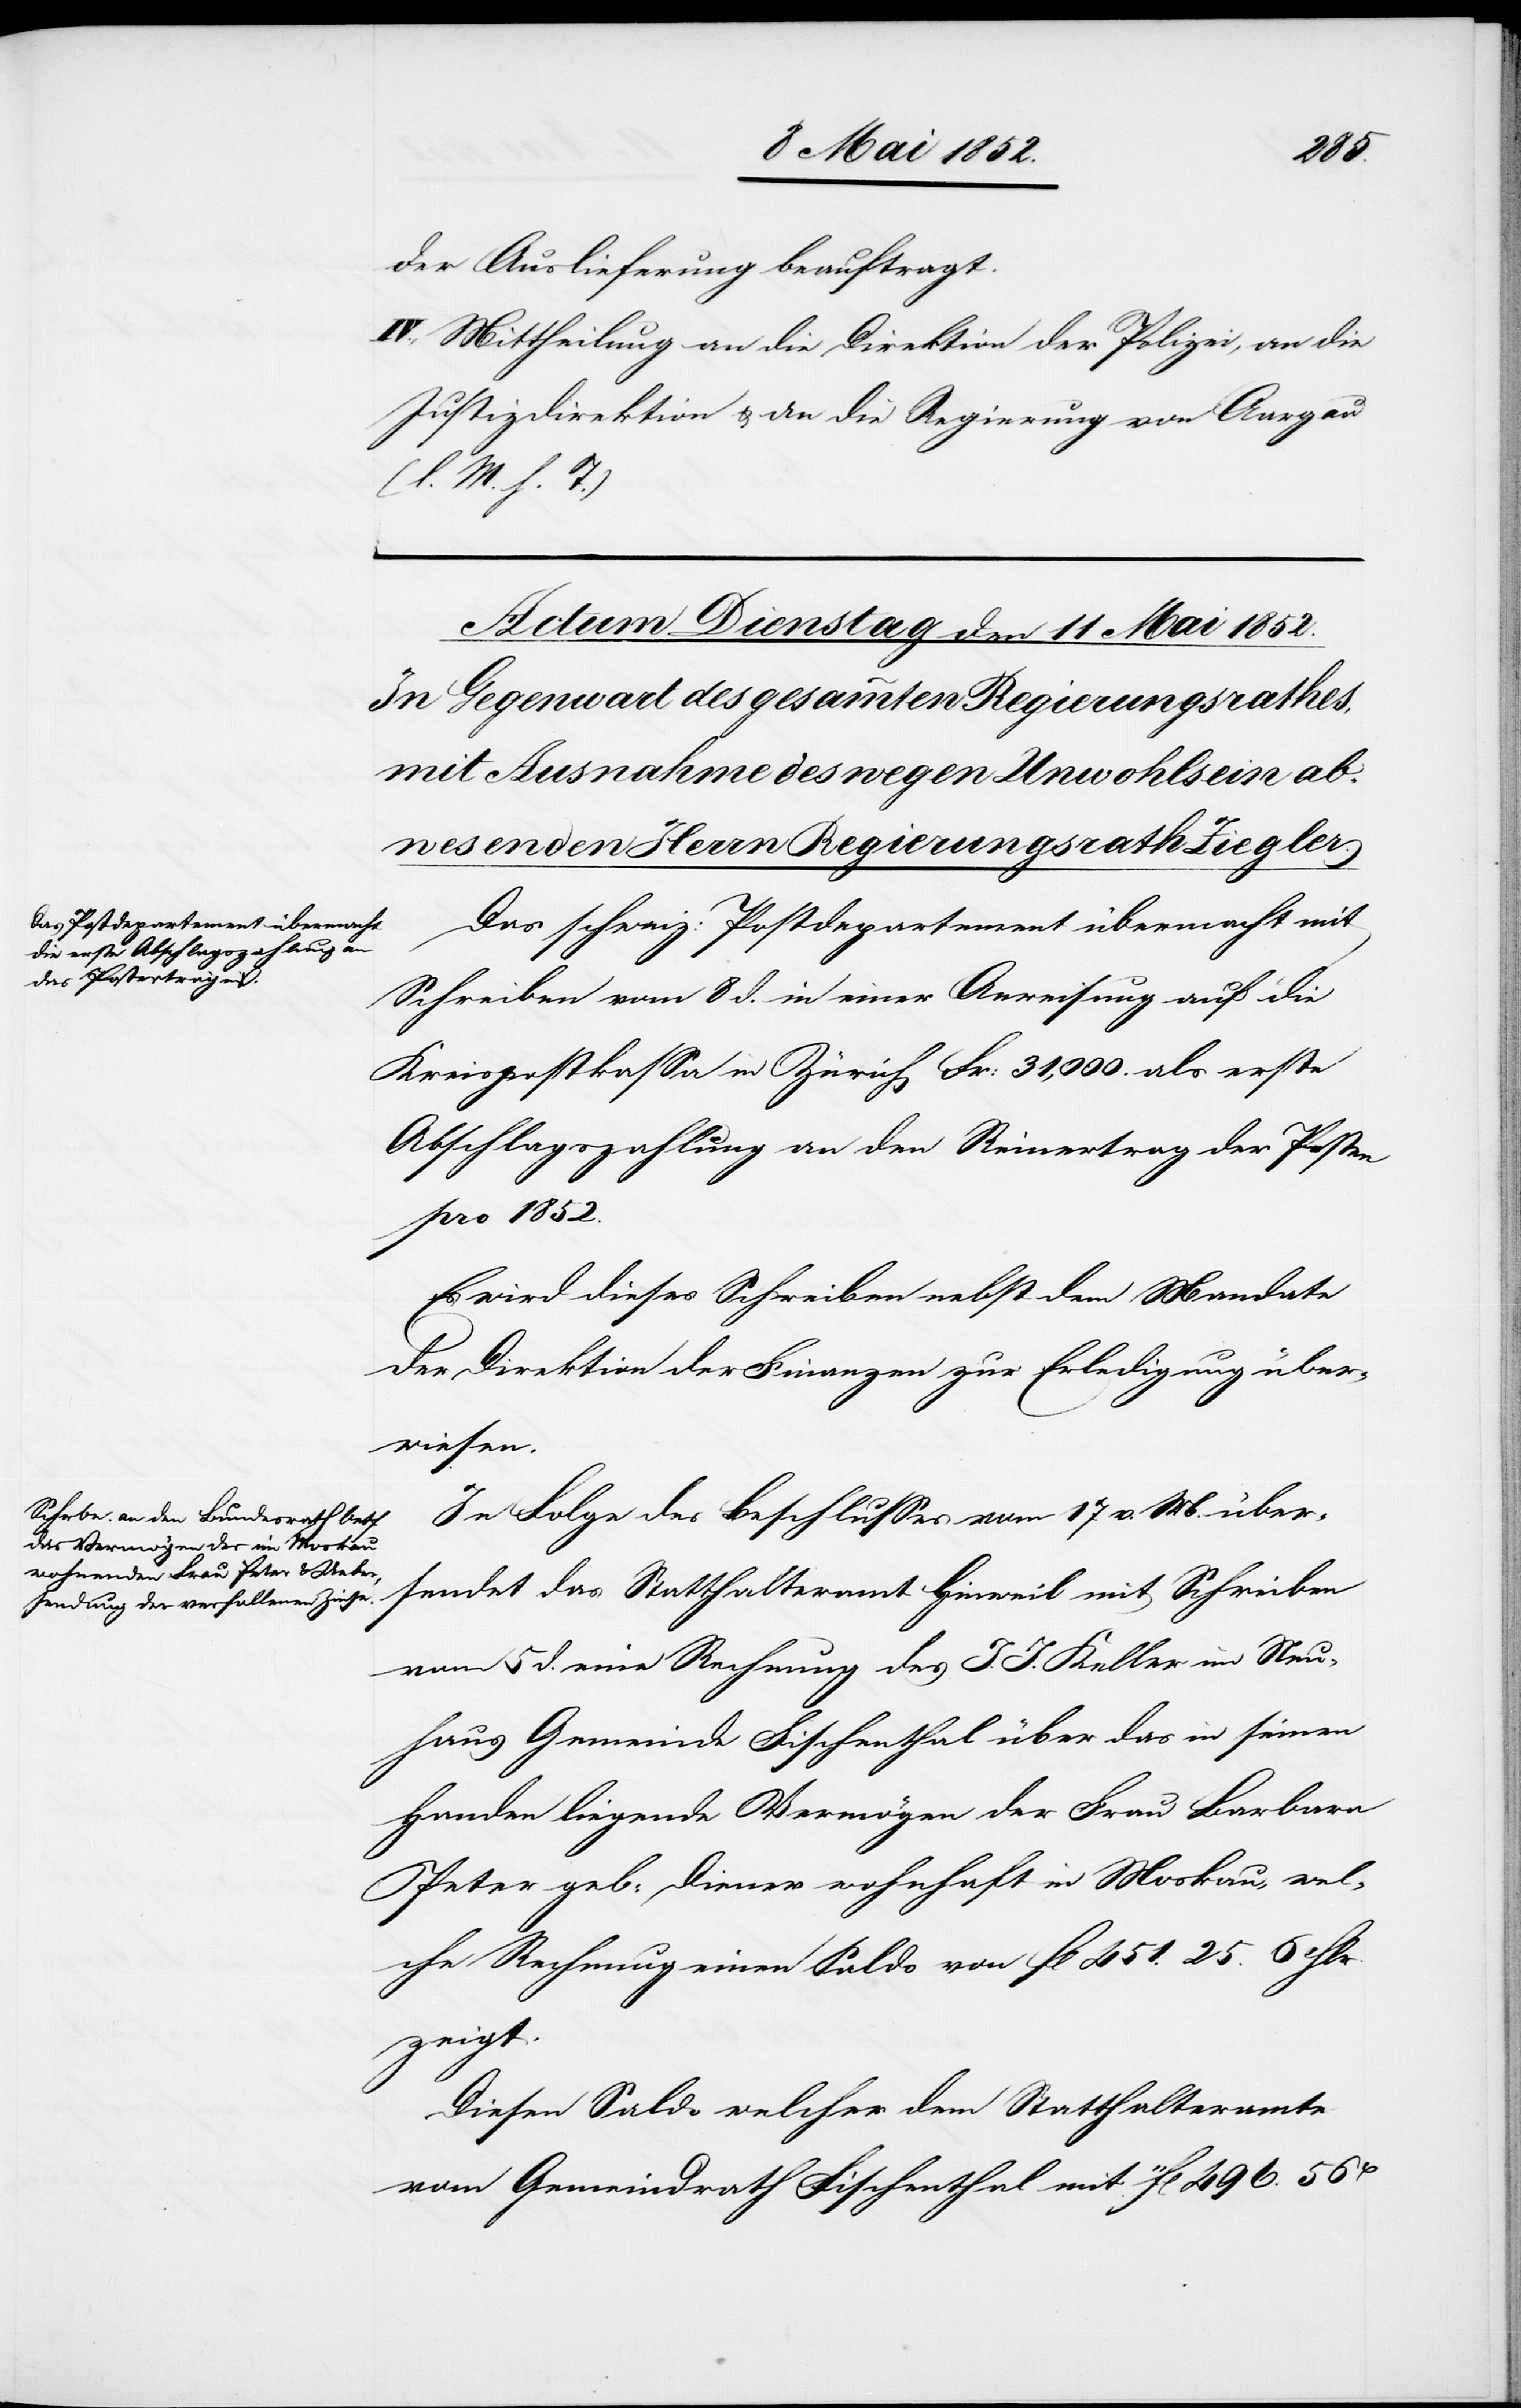
der Auslieferung beauftragt.
IV., Mittheilung an die Direktion der Polizei, an die
Justizdirektion & an die Regierung von Aargau
(l. M. h. T.)
Das schweiz: Postdepartement übermacht mit
Schreiben vom 8 d. in einer Anweisung auf die
Kreispostkassa in Zürich Fr: 31,000. als erste
Abschlagszahlung an den Reinertrag der Posten
pro 1852.
Es wird dieses Schreiben nebst dem Mandate
der Direktion der Finanzen zur Erledigung über¬
wiesen.
In Folge des Beschlusses vom 17 v. M. über¬
sendet das Statthalteramt Hinweil mit Schreiben
vom 5 d. eine Rechnung des J. J. Keller im Neu¬
haus Gemeinde Fischenthal über das in seinen
Handen liegende Vermögen der Frau Barbara
Peter geb: Diener wohnhaft in Moskau, wel¬
che Rechnung einen Saldo von fl 451. 25. 6 Hlr.
zeigt.
Diesen Saldo welcher dem Statthalteramte
vom Gemeindrath Fischenthal mit 11fl 496. 56H